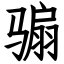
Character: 骟